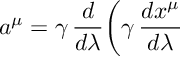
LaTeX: a ^ { \mu } = \gamma \, \frac { d } { d \lambda } \biggl ( \gamma \, \frac { d x ^ { \mu } } { d \lambda }